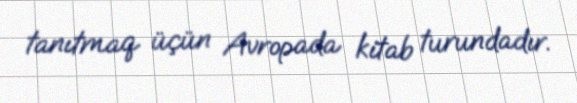
tanıtmaq üçün Avropada kitab turundadır.